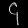
Digit: ၄